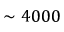
\sim 4 0 0 0